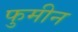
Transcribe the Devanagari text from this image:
फुमीन